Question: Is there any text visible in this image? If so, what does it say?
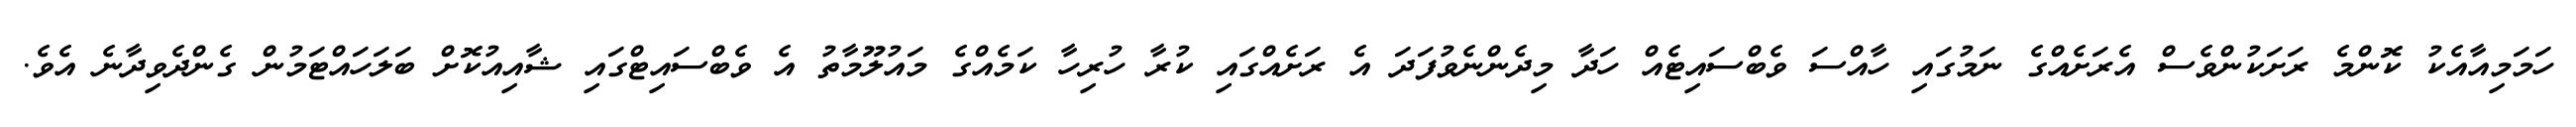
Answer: ހަމަމިއާއެކު ކޮންމެ ރަށަކުންވެސް އެރަށެއްގެ ނަމުގައި ހާއްސަ ވެބްސައިޓެއް ހަދާ މިދެންނެވުފަދަ އެ ރަށެއްގައި ކުރާ ހުރިހާ ކަމެއްގެ މައުލޫމާތު އެ ވެބްސައިޓްގައި ޝާއިއުކޮށް ބަލަހައްޓަމުން ގެންދެވިދާނެ އެވެ.